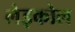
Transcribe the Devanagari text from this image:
लेइकोल